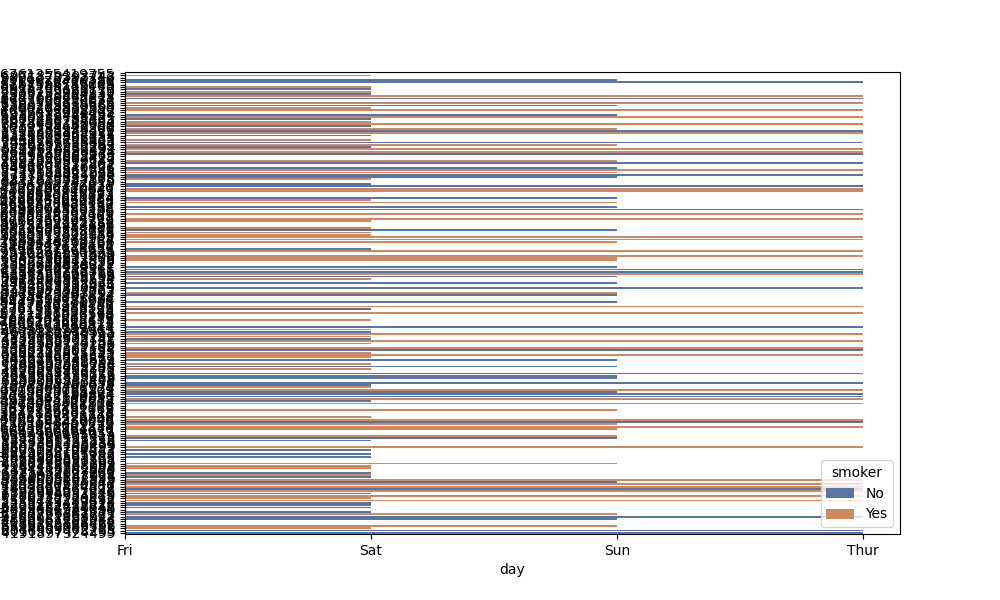
python, seaborn, barplot, hue='smoker', palette='deep', ci=None, orient='h'